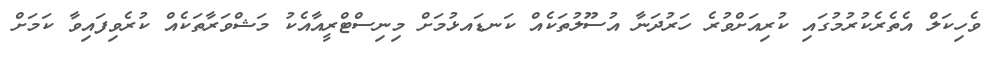
ވެހިކަލް އެތެރެކުރުމުގައި ކުރިއަށްވުރެ ހަރުދަނާ އުސޫލުތަކެއް ކަނޑައޅުމަށް މިނިސްޓްރީއާއެކު މަޝްވަރާތަކެއް ކުރެވިފައިވާ ކަމަށް